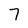
Character: 7